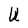
Character: U